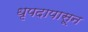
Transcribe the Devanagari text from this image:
धृपदापासून